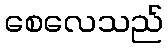
စေလေသည်